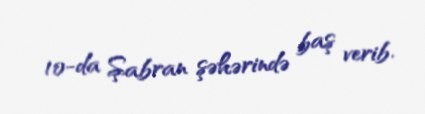
10-da Şabran şəhərində baş verib.